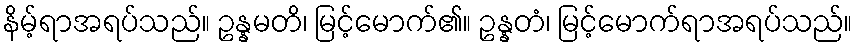
နိမ့်ရာအရပ်သည်။ ဥန္နမတိ၊ မြင့်မောက်၏။ ဥန္နတံ၊ မြင့်မောက်ရာအရပ်သည်။